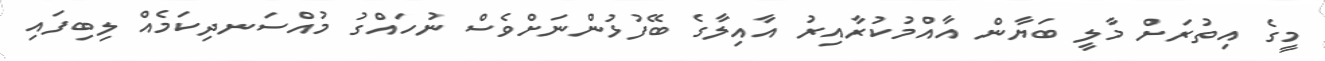
މީގެ އިތުރަށް މާލީ ބަޔާން އާއްމުކުރާއިރު އާއިލާގެ ބޭފުޅުންނަށްވެސް ނުހައްގު މުއްސަނދިކަމެއް ލިބިފައި